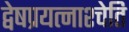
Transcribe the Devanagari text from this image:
द्वेषप्रयत्नाश्चेति